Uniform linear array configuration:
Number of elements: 48
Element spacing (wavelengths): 0.25
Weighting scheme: cosine
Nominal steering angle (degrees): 45
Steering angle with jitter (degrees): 43.259
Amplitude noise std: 0.05
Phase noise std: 0.05

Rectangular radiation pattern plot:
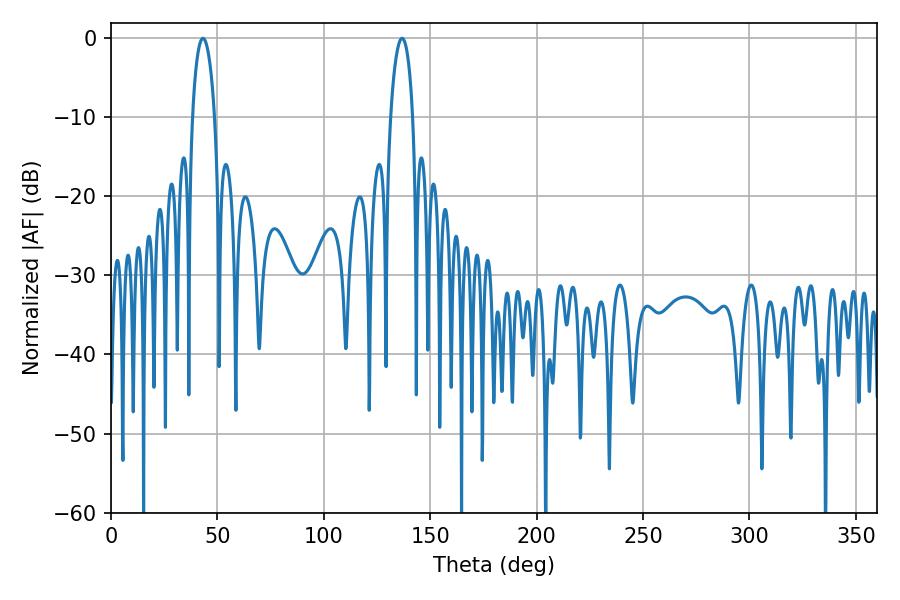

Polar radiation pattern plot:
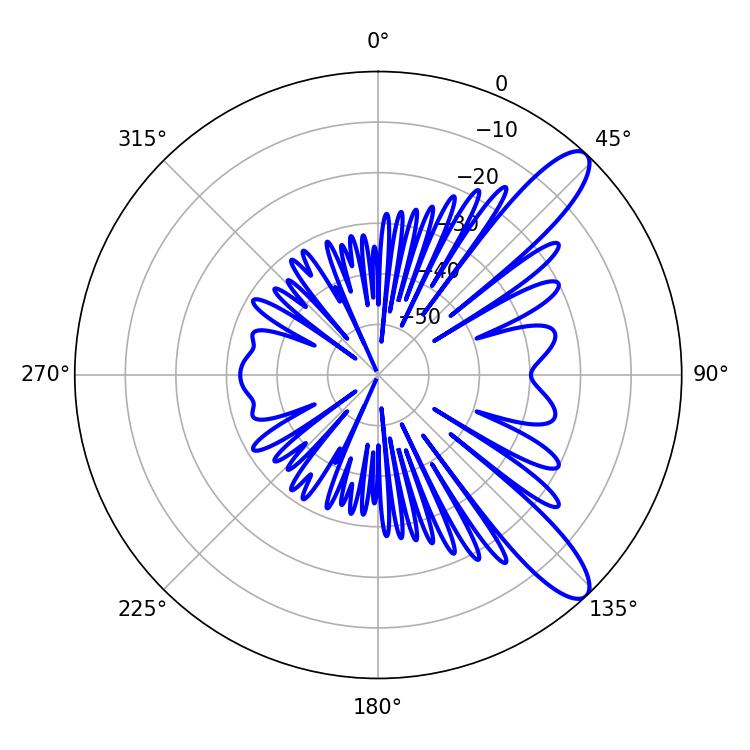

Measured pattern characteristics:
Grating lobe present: FALSE
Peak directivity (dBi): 11.026
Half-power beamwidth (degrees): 5.94
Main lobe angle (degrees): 43.2